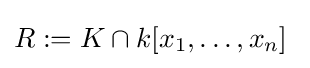
R:=K\cap k[x_{1},\dots ,x_{n}]\